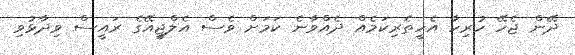
ދޭން ޖެހޭ ހުރިހާ އެހީތެރިކަމެއް ދެއްވާނެ ކަމަށް ވެސް އެލްޖީއޭގެ ރައީސް ވިދާޅުވި